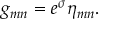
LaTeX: g _ { m n } = e ^ { \sigma } \eta _ { m n } .